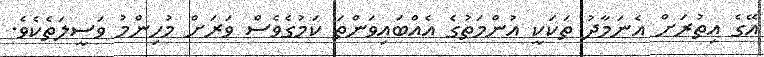
އޭގެ އިތުރަށް އެނަމާދު ތަކަކީ އުންމަތުގެ އެއްބައިވަންތަ ކަމުގެވެސް ވަރަށް މުހިންމު ވަސީލަތެކެވެ.